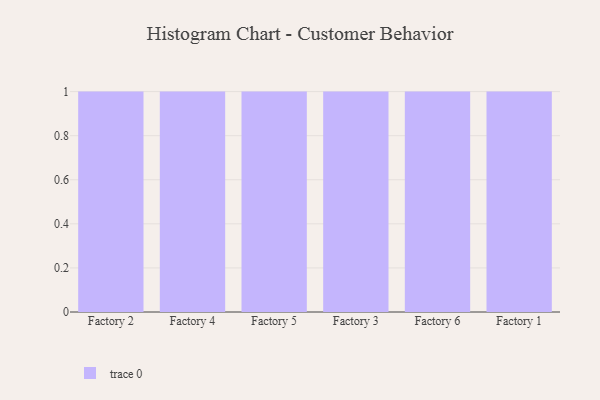
{"axis": {"x": "Factory", "y": "Net Income (USD K)"}, "legend": [""], "data": [{"x": "Factory 2", "y": 2, "type": ""}, {"x": "Factory 4", "y": 41, "type": ""}, {"x": "Factory 5", "y": 19, "type": ""}, {"x": "Factory 3", "y": 2, "type": ""}, {"x": "Factory 6", "y": 57, "type": ""}, {"x": "Factory 1", "y": 55, "type": ""}]}